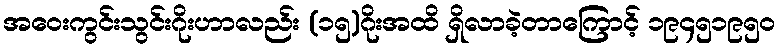
အဝေးကွင်းသွင်းဂိုးဟာလည်း (၁၅)ဂိုးအထိ ရှိလာခဲ့တာကြောင့် ၁၉၄၅၁၉၅၀